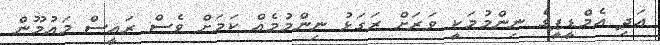
އަދި އެމްޑީޕީގެ ނިންމުމަކީ ވަރަށް ރަގަޅު ނިންމުމެއް ކަމަށް ވެސް ރައީސް މައުމޫން